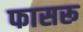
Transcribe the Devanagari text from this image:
फासरू